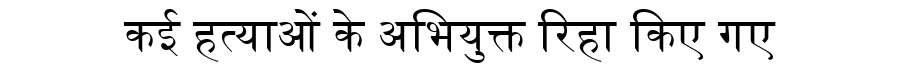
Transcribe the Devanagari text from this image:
कई हत्याओं के अभियुक्त रिहा किए गए